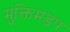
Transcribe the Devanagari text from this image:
मुक्तिमंडप